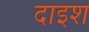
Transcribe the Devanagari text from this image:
दाइश